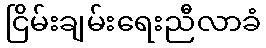
ငြိမ်းချမ်းရေးညီလာခံ